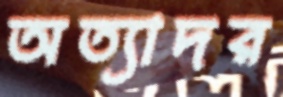
অত্যাদর